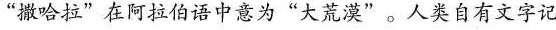
”撒哈拉”在阿拉伯语中意为”大荒漠”。人类自有文字记